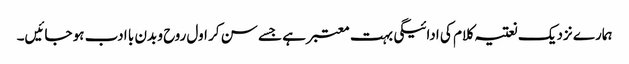
ہمارے نزدیک نعتیہ کلام کی ادائیگی بہت معتبر ہے جسے سن کر اول روح و بدن با ادب ہو جائیں۔